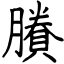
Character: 賸